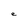
Character: e